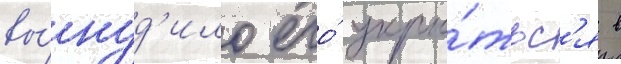
вы́нуд'ило его́ укры́тьс'я в